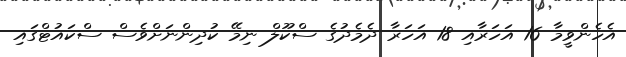
އެހެންވީމާ 16 އަހަރާއި 18 އަހަރާ ދެމެދުގެ ސްކޫލް ނިމޭ ކުދިންނަށްވެސް ސްކައުޓްގައި